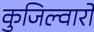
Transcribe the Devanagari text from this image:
कुजिल्वारों